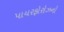
પાયરફોરોઝનો